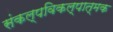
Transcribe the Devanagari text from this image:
संकल्पविकल्पात्मक